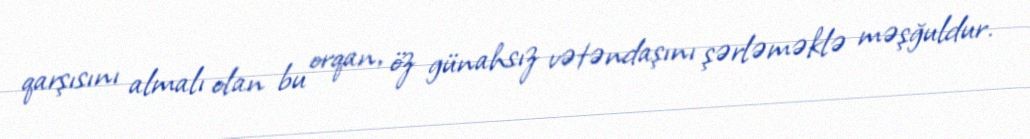
qarşısını almalı olan bu orqan, öz günahsız vətəndaşını şərləməklə məşğuldur.